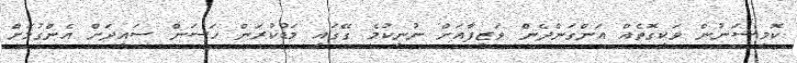
ކޮމިޝަނުން ވަކިގޮތެއް އަންގަންދެން ވަޒީފާއަށް ނުނިކުމެ ގޭގައި މަޑުކުރަން ހަސަން ސައީދަށް އެންގުމަށް